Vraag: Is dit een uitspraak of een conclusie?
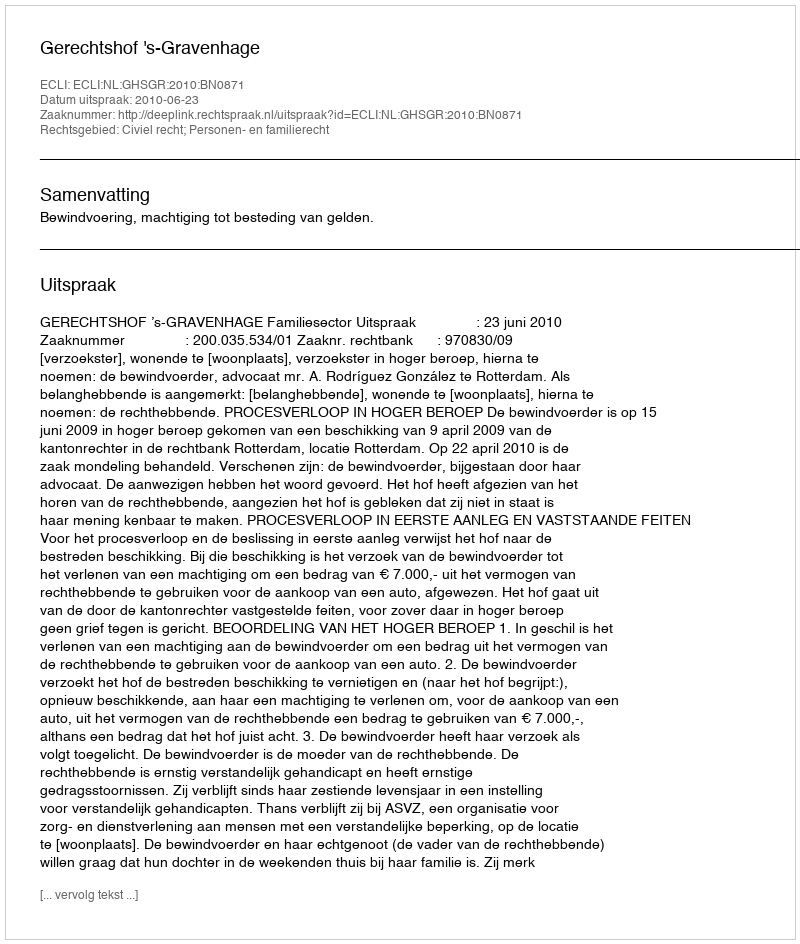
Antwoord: Uitspraak